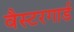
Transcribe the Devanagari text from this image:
वैस्टरगार्ड